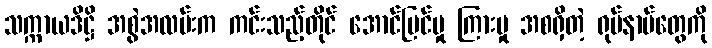
သက္ကာယဒိဋ္ဌိ အစွဲအလမ်းက ကင်းသည့်တိုင် အောင်မြင်မှု ကြားမှု အစရှိတဲ့ ရုပ်နာမ်တွေကို